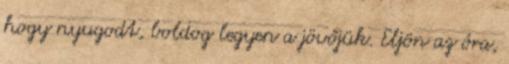
hogy nyugodt, boldog legyen a jövőjük. Eljön az óra,